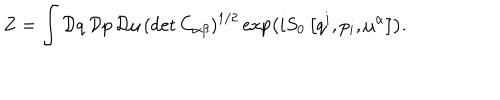
Z = \int { \cal D } q \, { \cal D } p \, { \cal D } \mu \, \left( \det C _ { \alpha \beta } \right) ^ { 1 / 2 } \exp \left( i S _ { 0 } \left[ q ^ { i } , p _ { i } , \mu ^ { \alpha } \right] \right) .